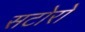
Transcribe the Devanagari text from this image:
सटोरो